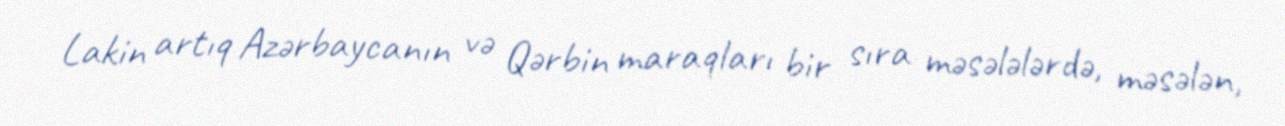
Lakin artıq Azərbaycanın və Qərbin maraqları bir sıra məsələlərdə, məsələn,